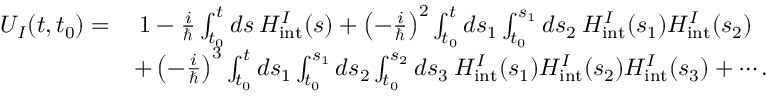
\begin{array} { r l } { U _ { I } ( t , t _ { 0 } ) = } & { \: 1 - \frac { i } { \hbar } \int _ { t _ { 0 } } ^ { t } d s \: H _ { \mathrm { i n t } } ^ { I } ( s ) + \left( - \frac { i } { \hbar } \right) ^ { 2 } \int _ { t _ { 0 } } ^ { t } d s _ { 1 } \int _ { t _ { 0 } } ^ { s _ { 1 } } d s _ { 2 } \: H _ { \mathrm { i n t } } ^ { I } ( s _ { 1 } ) H _ { \mathrm { i n t } } ^ { I } ( s _ { 2 } ) } \\ & { + \left( - \frac { i } { \hbar } \right) ^ { 3 } \int _ { t _ { 0 } } ^ { t } d s _ { 1 } \int _ { t _ { 0 } } ^ { s _ { 1 } } d s _ { 2 } \int _ { t _ { 0 } } ^ { s _ { 2 } } d s _ { 3 } \: H _ { \mathrm { i n t } } ^ { I } ( s _ { 1 } ) H _ { \mathrm { i n t } } ^ { I } ( s _ { 2 } ) H _ { \mathrm { i n t } } ^ { I } ( s _ { 3 } ) + \cdots . } \end{array}